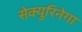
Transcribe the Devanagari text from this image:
सेक्युरिनेगा